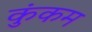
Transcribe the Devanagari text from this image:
कुंकम